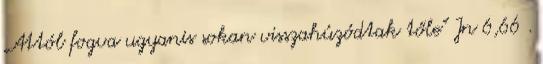
„Attól fogva ugyanis sokan visszahúzódtak tőle” Jn 6,66 .